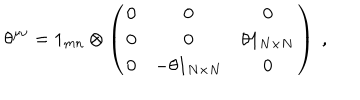
LaTeX: \theta ^ { \mu \nu } = 1 _ { m n } \otimes \left( \begin{array} { c c c } { { 0 } } & { { 0 } } & { { 0 } } \\ { { 0 } } & { { 0 } } & { { \theta 1 _ { N \times N } } } \\ { { 0 } } & { { - \theta 1 _ { N \times N } } } & { { 0 } } \\ \end{array} \right) \ ,